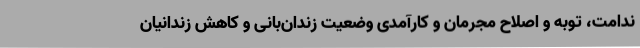
ندامت، توبه و اصلاح مجرمان و کارآمدی وضعیت زندان‌بانی و کاهش زندانیان